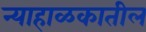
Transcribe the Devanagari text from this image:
न्याहाळकातील